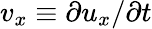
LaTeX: v_{x}\equiv\partial u_{x}/\partial t